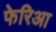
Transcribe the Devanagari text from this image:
फेरिआ